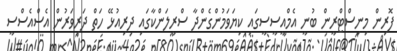
ފޮރިން މިނިސްޓްރީން ބުނީ އެމްއީސީސީގައި ކިޔަވަމުންގެންދާ ސްރީލަންކާގައި ދިރިއުޅޭ ހަތް ދަރިވަރުން އެސްއެސްސީ